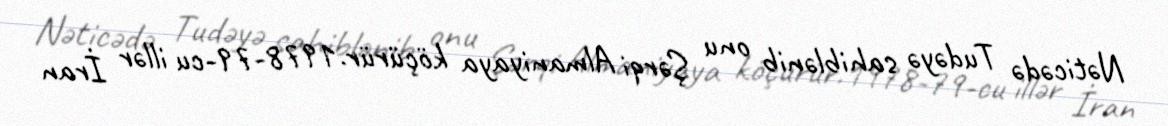
Nəticədə Tudəyə sahiblənib onu Şərqi Almaniyaya köçürür.1978-79-cu illər İran